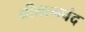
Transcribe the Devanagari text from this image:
श्रीनत्नचंद